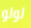
لولو